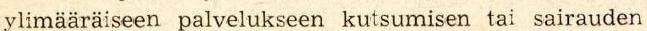
ylimääräiseen palvelukseen kutsumisen tai sairauden